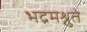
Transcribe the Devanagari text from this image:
भद्रमश्नुते